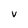
Character: V